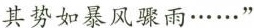
其势如暴风骤雨……”